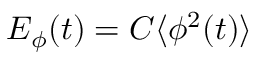
E _ { \phi } ( t ) = C \langle \phi ^ { 2 } ( t ) \rangle